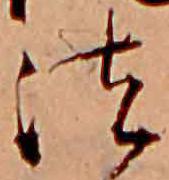
法